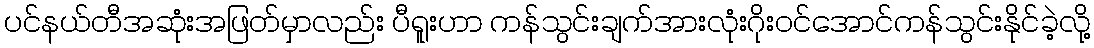
ပင်နယ်တီအဆုံးအဖြတ်မှာလည်း ပီရူးဟာ ကန်သွင်းချက်အားလုံးဂိုးဝင်အောင်ကန်သွင်းနိုင်ခဲ့လို့